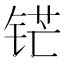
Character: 铓